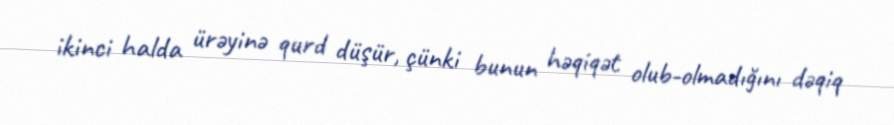
ikinci halda ürəyinə qurd düşür, çünki bunun həqiqət olub-olmadığını dəqiq